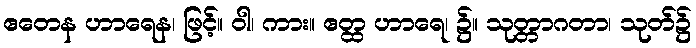
ဧတေန ဟာရေန၊ ဖြင့်။ ဝါ၊ ကား။ ဧတ္ထ ဟာရေ၊ ၌။ သုတ္တာဂတာ၊ သုတ်၌